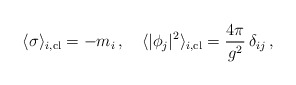
\begin{align*}\langle\sigma\rangle _{i,\rm cl} = -m_{i}\, ,\quad \langle |\phi_{j}|^{2}\rangle _{i,\rm cl} = {4\pi\over g^{2}}\, \delta_{ij}\, ,\end{align*}